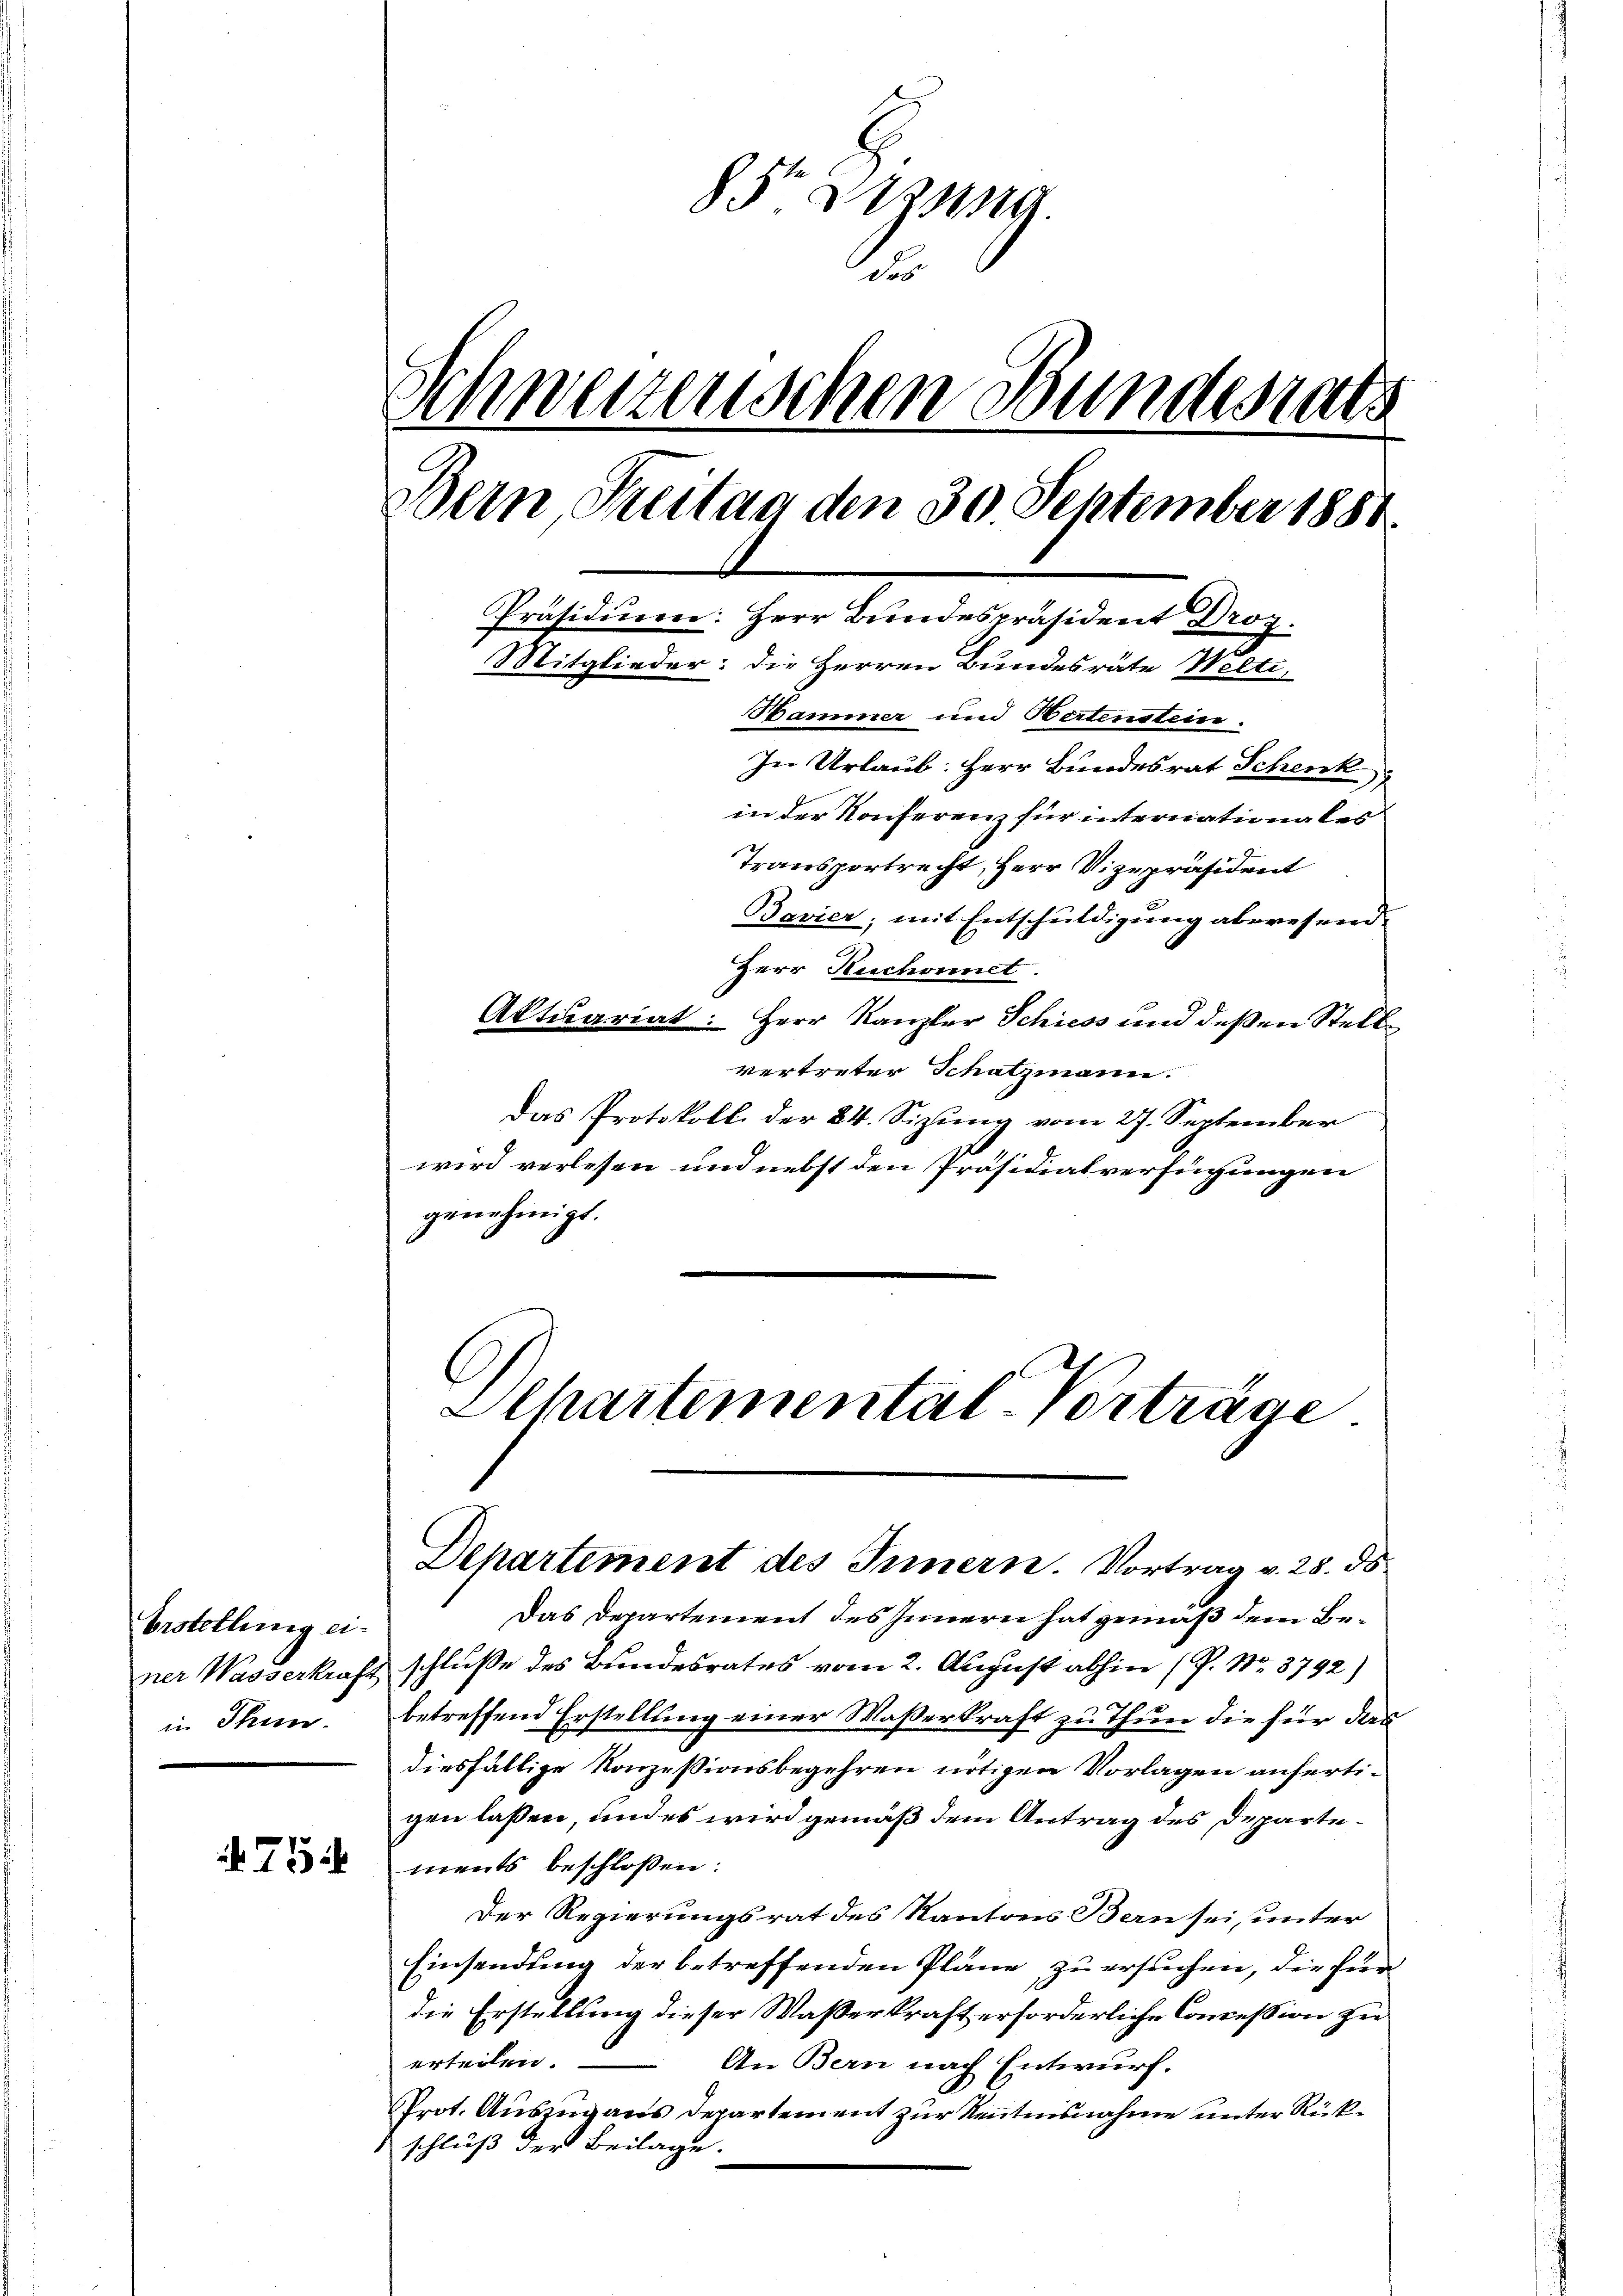
bestellung einer Wasserkraft
in Thun.

75

85. 219.
.
Schweizerischen Bundesrats
Bern, Freitag den 30 September 1888.
Präsidium: Herr Bundespräsident Droz.
Mitglieder: die Herren Bundesräte Welti,
Hammer und Hertenstein.
In Urlaub: Herr Bundesrat Schenk
in der Konferenz für internationales
Transportrecht, Herr Vizepräsident
Bavier; mit Entschuldigung abwesend.

Herr Ruchornet.
Aktuariat: Herr Kanzler Schiess und deßen Stellvertreter Schatzmann.
Das Protokoll der 24. Sizung vom 27. September
wird verlesen und nebst den Präsidialverfügungen
genehmigt.

Elhartemental-Vorträge
Departement des Innern. Vortrag v. 28. ds

Das Departement des Innern hat gemäß dem Beschlusse des Bundesrates vom 2. August abhin (P. Nr. 3792)
betreffend Erstellung einer Wasserkraft zu Thun die für das
diesfällige Konzessionsbegehren nötigen Vorlagen anfertigen laßen, und es wird gemäß dem Antrag des Departements beschlossen:
Der Regierungsrat des Kantons Bern sei, unter
Einsendung der betreffenden Pläne zu ersuchen, die für
die Erstellung dieser Waßerkraft erforderliche Conceßion zu
erteien.
An Bern nach Entwurf.
Prot. Auszug aus Departement zur Kenntnisnahme unter Rückschluß der Beilage.